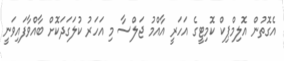
އެގޮތުން އޮލިމްޕިކް ކޮމިޓީގެ އަހަރީ އާއްމު ޖަލްސާ މި އަހަރު ކުލަގަދަކޮށް ބާއްވާފައިވަނީ